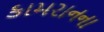
કામરાનના